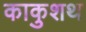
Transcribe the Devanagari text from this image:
काकुशथ